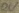
Text: ov